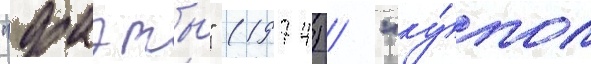
"фаэты" (1974) / "ку́пол